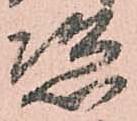
恣